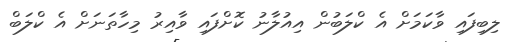
ލިބިފައި ވާކަމަށް އެ ކްލަބުން އިއުލާނު ކޮށްފައި ވާއިރު މިހާތަނަށް އެ ކްލަބް